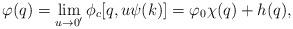
LaTeX: \begin{align*}\varphi(q)=\lim_{u\to 0^{\prime}}\phi_c[q,u\psi(k)]=\varphi_0\chi(q)+h(q),\end{align*}